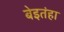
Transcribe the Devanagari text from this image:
बेइतंहा